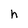
Character: h